Insane asylums in Bengal annual reports 1876-1887 - 1876-1887
Year: 1876
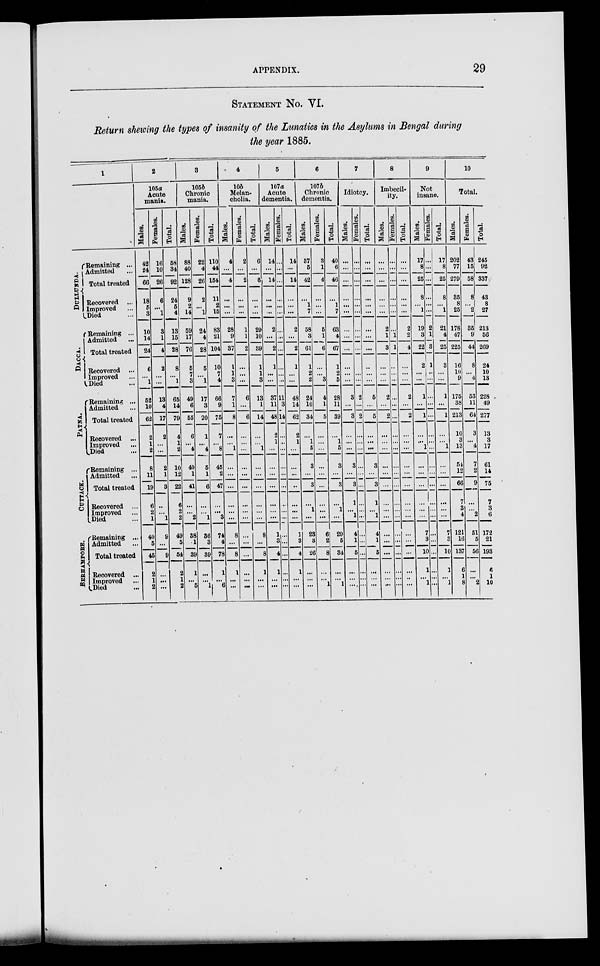
APPENDIX.
29
STATEMENT No. VI.
Return showing the types of insanity of the Lunatics in the Asylums in Bengal during
the year 1885.
1
DULLUNDA.
DACCA.
PATNA.
CUTTACK.
BERHAMPORE.
Remaining ...
Admitted ...
Total treated
Recovered ...
Improved ...
Died ...
Remaining ...
Admitted ...
Total treated
Recovered ...
Improved ...
Died ...
Remaining ...
Admitted ...
Total treated
Recovered ...
Improved ...
Died ...
Remaining ...
Admitted ...
Total treated
Recovered ...
Improved ...
Died ...
Remaining ...
Admitted ...
Total treated
Recovered ...
Improved ...
Died ...
2
105a
Acute
mania.
Males.
42
24
66
18
5
3
10
14
24
6
...
1
52
10
62
2
1
2
8
11
19
6
2
1
40
5
45
2
1
2
Females.
16
10
26
6
...
1
3
1
4
2
...
...
13
4
17
2
...
...
2
1
3
...
...
1
9
...
9
...
...
...
Total.
58
34
92
24
5
4
13
15
28
8
...
1
65
14
79
4
1
2
10
12
22
6
2
2
49
5
54
2
1
2
3
105 b
Chronic
mania.
Males.
88
40
128
9
2
14
59
17
76
5
7
3
49
6
55
6
...
4
40
1
41
...
...
2
38
1
85
1
...
5
Females.
22
4
26
2
...
1
24
4
28
5
...
1
17
3
20
1
...
4
5
1
6
...
...
1
36
3
39
...
...
1
Total.
110
44
154
11
2
15
83
21
104
10
7
4
66
9
75
7
...
8
45
2
47
...
...
3
74
4
78
1
...
6
4
10 b
Melan-
cholia.
Males.
4
...
4
...
...
...
28
9
37
1
1
3
7
1
8
...
...
1
...
...
...
...
...
...
8
...
8
1
...
...
Females.
2
...
2
...
...
...
1
1
2
...
...
...
6
...
6
...
...
...
...
...
...
...
...
...
...
...
...
...
...
...
Total.
6
...
6
...
...
...
29
10
39
1
1
3
13
1
14
...
...
1
...
...
...
...
...
...
8
...
8
1
...
...
5
107 a
Acute
dementia.
Males.
14
...
14
...
...
...
2
...
2
1
...
...
37
11
48
2
1
...
...
...
...
...
...
...
1
3
4
1
...
...
Females.
...
...
...
...
...
...
...
...
...
...
...
...
11
3
14
...
...
...
...
...
...
...
...
...
...
...
...
...
...
...
Total.
14
...
14
...
...
...
2
...
2
1
...
...
48
14
62
2
1
...
...
...
...
...
...
...
1
3
4
1
...
...
6
107b
Chronic
dementia.
Males.
37
5
42
...
1
7
58
3
61
1
2
2
24
10
34
...
1
5
3
...
3
...
1
...
23
3
26
...
...
...
Females.
3
1
4
...
...
...
5
1
6
...
...
3
4
1
6
...
...
...
...
...
...
...
...
...
6
2
8
...
...
1
Total.
40
6
46
...
1
7
63
4
67
1
2
6
28
11
39
...
1
5
3
...
3
...
1
...
29
5
34
...
...
1
7
Idiotcy.
Males.
...
...
...
...
...
...
...
...
...
...
...
...
3
...
3
...
...
...
3
...
3
1
...
1
4
1
5
...
...
...
Females.
...
...
...
...
...
...
...
...
...
...
...
...
2
...
2
...
...
...
...
...
...
...
...
...
...
...
...
...
...
...
Total.
...
...
...
...
...
...
...
...
...
...
...
...
5
...
5
...
...
...
3
...
3
1
...
1
4
1
5
...
...
...
8
Imbecil-
ity.
Males.
...
...
...
...
...
...
2
1
3
...
...
...
2
...
2
...
...
...
...
...
...
...
...
...
...
...
...
...
...
Females.
...
...
...
...
...
...
...
1
1
...
...
...
...
...
...
...
...
...
...
...
...
...
...
...
...
...
...
...
...
...
Total.
...
...
...
...
...
...
2
2
4
...
...
...
2
...
2
...
...
...
...
...
...
...
...
...
...
...
...
...
...
9
Not
insane.
Males.
17
8
25
8
...
1
19
3
22
2
...
...
1
...
1
...
...
1
...
...
...
...
...
...
7
3
10
1
...
1
Females.
...
...
...
...
...
...
2
1
3
1
...
...
...
...
...
...
...
...
...
...
...
...
...
...
...
...
...
...
...
...
Total.
17
8
25
8
...
1
21
4
25
3
...
...
1
...
1
...
...
1
...
...
...
...
...
...
7
3
10
1
...
1
10
Total.
Males.
202
77
279
35
8
25
178
47
225
16
10
9
175
38
213
10
3
13
54
12
66
7
3
4
121
16
137
6
1
8
Females.
43
15
58
8
...
2
35
9
44
8
...
4
53
11
64
3
...
4
7
2
9
...
...
2
51
5
56
...
...
2
Total.
245
92
337
43
8
27
213
56
269
24
10
13
228
49
277
13
3
17
61
14
75
7
3
6
172
21
193
6
1
10